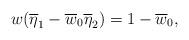
LaTeX: \begin{align*}w(\overline{\eta}_1-\overline{w}_0\overline{\eta}_2)=1-\overline{w}_0,\end{align*}